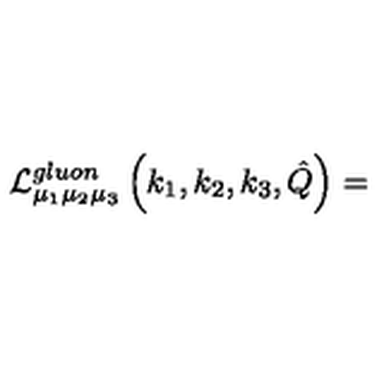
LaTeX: { \cal L } _ { \mu _ { 1 } \mu _ { 2 } \mu _ { 3 } } ^ { g l u o n } \left( k _ { 1 } , k _ { 2 } , k _ { 3 } , \hat { Q } \right) =